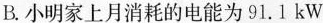
B.小明家上月消耗的电能为91。1kW